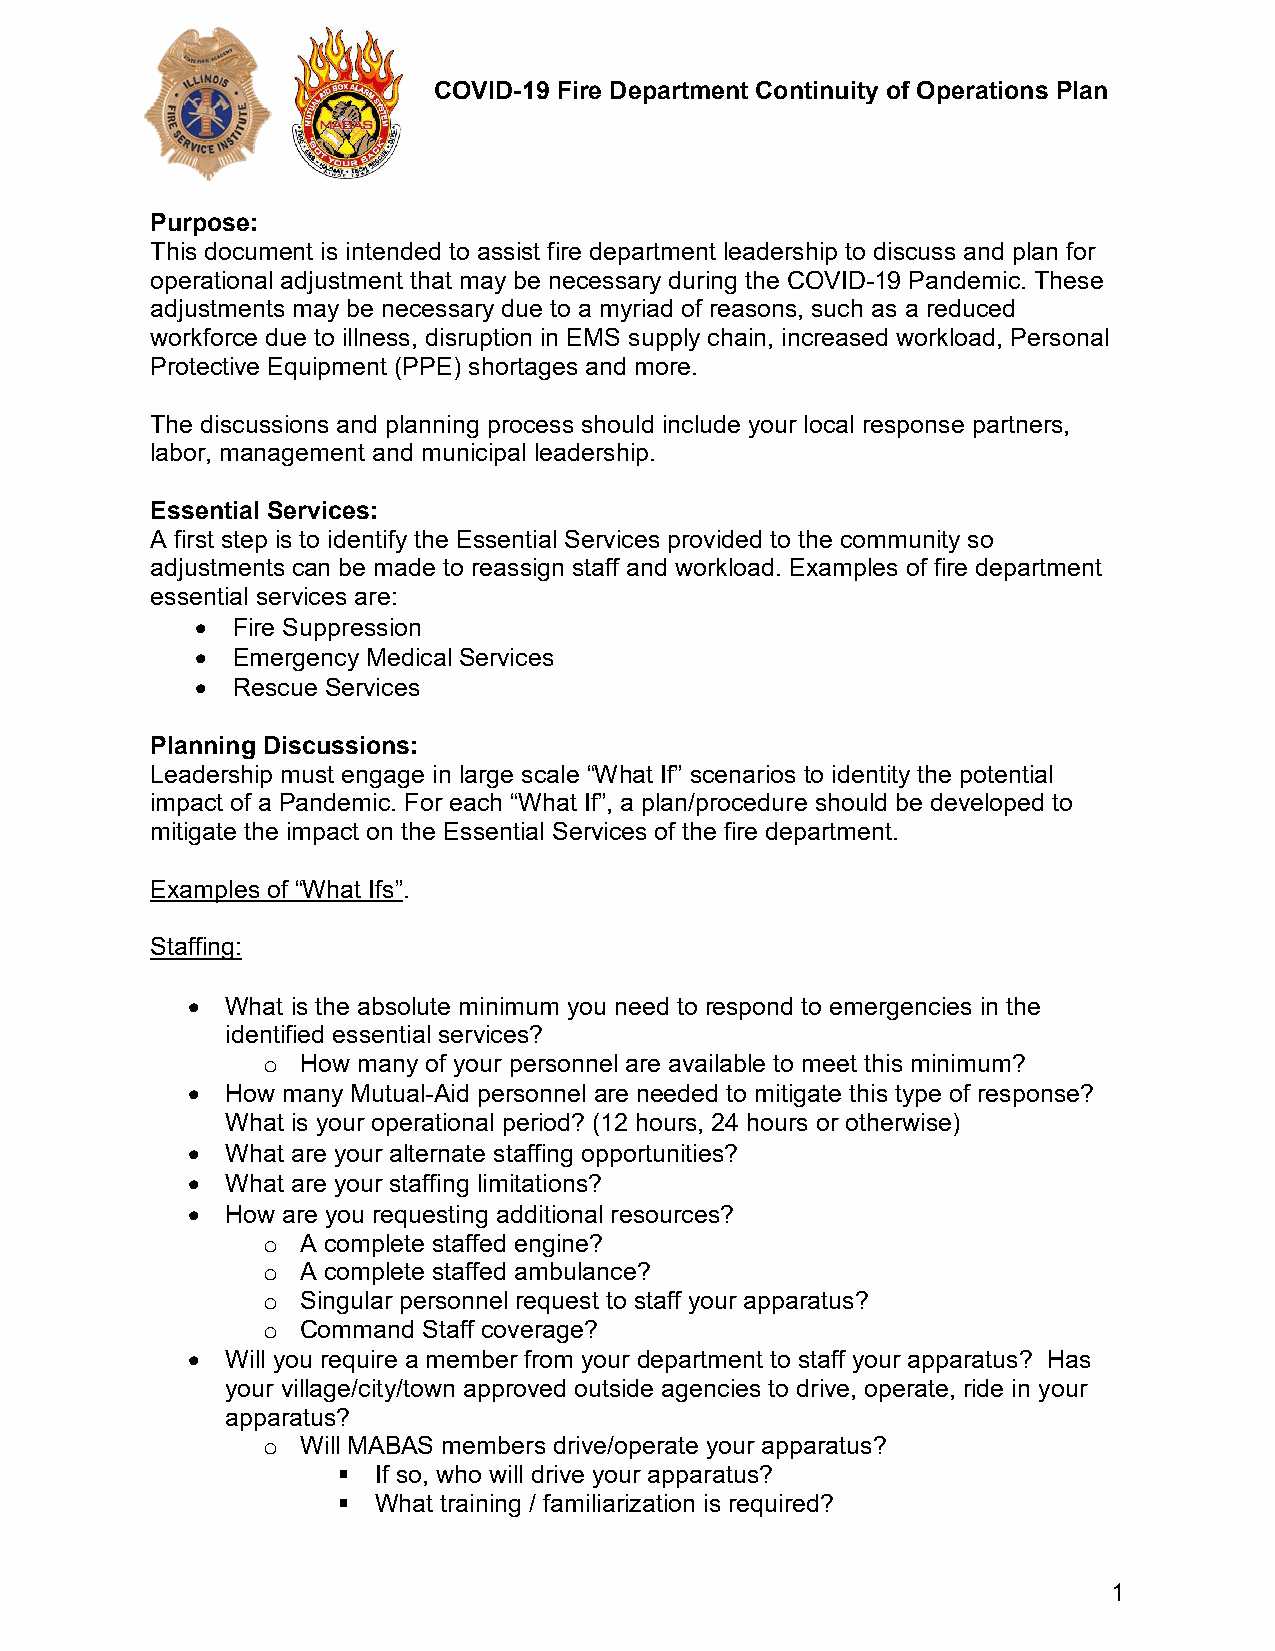
COVID-19 Fire Department Continuity of Operations Plan
 Purpose:
 This document is intended to assist fire department leadership to discuss and plan for
 operational adjustment that may be necessary during the COVID-19 Pandemic. These
 adjustments may be necessary due to a myriad of reasons, such as a reduced
 workforce due to illness, disruption in EMS supply chain, increased workload, Personal
 Protective Equipment (PPE) shortages and more.
 The discussions and planning process should include your local response partners,
 labor, management and municipal leadership.
 Essential Services:
 A first step is to identify the Essential Services provided to the community so
 adjustments can be made to reassign staff and workload. Examples of fire department
 essential services are:
 • Fire Suppression
 • Emergency Medical Services
 • Rescue Services
 Planning Discussions:
 Leadership must engage in large scale “What If” scenarios to identity the potential
 impact of a Pandemic. For each “What If”, a plan/procedure should be developed to
 mitigate the impact on the Essential Services of the fire department.
 Examples of “What Ifs”.
 Staffing:
 •  What is the absolute minimum you need to respond to emergencies in the
 identified essential services?
 How many of your personnel are available to meet this minimum?
 o
 •  How many Mutual-Aid personnel are needed to mitigate this type of response?
 What is your operational period? (12 hours, 24 hours or otherwise)
 •  What are your alternate staffing opportunities?
 •  What are your staffing limitations?
 •  How are you requesting additional resources?
 A complete staffed engine?
 o
 A complete staffed ambulance?
 o
 Singular personnel request to staff your apparatus?
 o
 Command Staff coverage?
 o
 •  Will you require a member from your department to staff your apparatus? Has
 your village/city/town approved outside agencies to drive, operate, ride in your
 apparatus?
 Will MABAS members drive/operate your apparatus?
 o
   If so, who will drive your apparatus?
   What training / familiarization is required?
 1